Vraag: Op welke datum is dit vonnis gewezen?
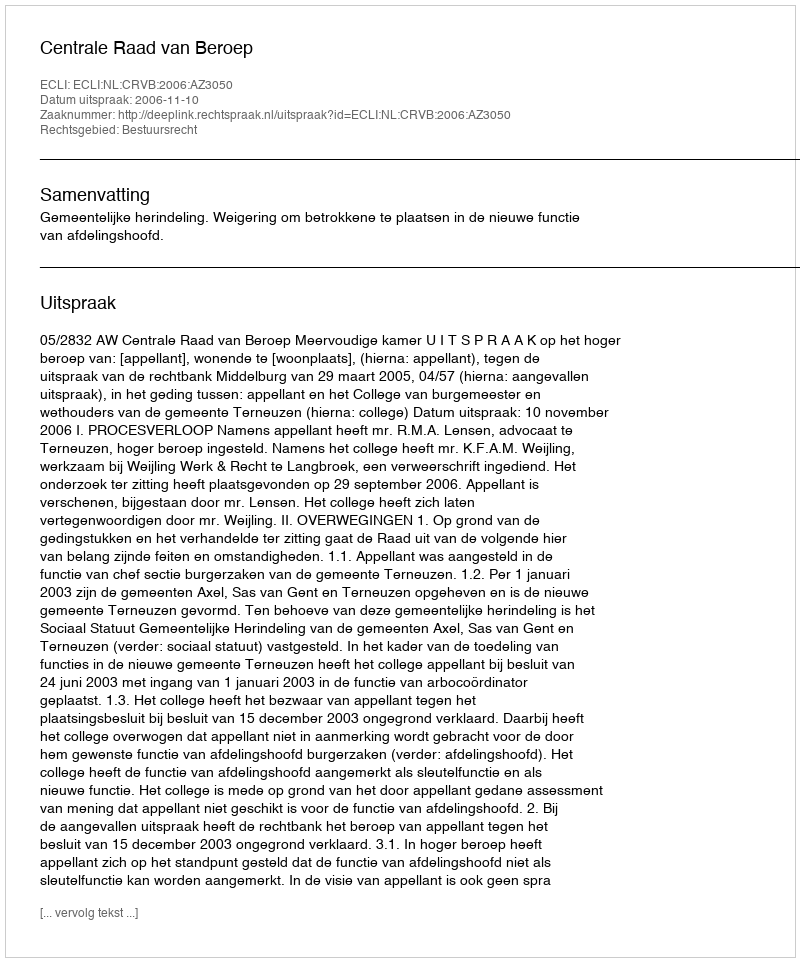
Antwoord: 2006-11-10